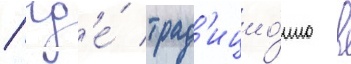
/ гд'е́ трад'ицио́нно в